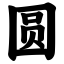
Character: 圆